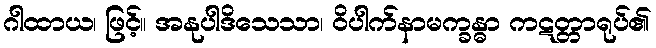
ဂါထာယ၊ ဖြင့်။ အနုပါဒိသေသာ၊ ဝိပါက်နာမက္ခန္ဓာ ကဋတ္တာရုပ်၏